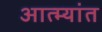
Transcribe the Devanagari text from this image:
आत्म्यांत